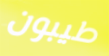
طيبون